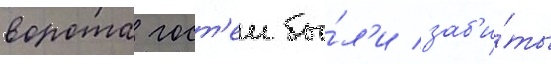
ворота гост'еи бы́л'и заб'и́ты